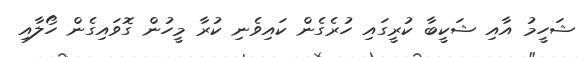
ޝަހީމު އާއި ޝަކީބާ ކުރީގައި ހުރެގެން ކައިވެނި ކުރާ މީހުން ގޮވައިގެން ހޯލާއި